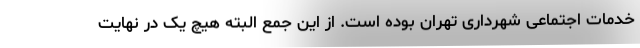
خدمات اجتماعی شهرداری تهران بوده است. از این جمع البته هیچ یک در نهایت